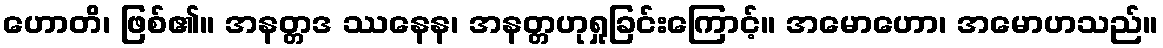
ဟောတိ၊ ဖြစ်၏။ အနတ္တဒ ဿနေန၊ အနတ္တဟုရှုခြင်းကြောင့်။ အမောဟော၊ အမောဟသည်။